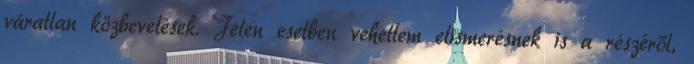
váratlan közbevetések. Jelen esetben vehettem elismerésnek is a részéről,